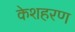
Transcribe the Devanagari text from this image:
केशहरण